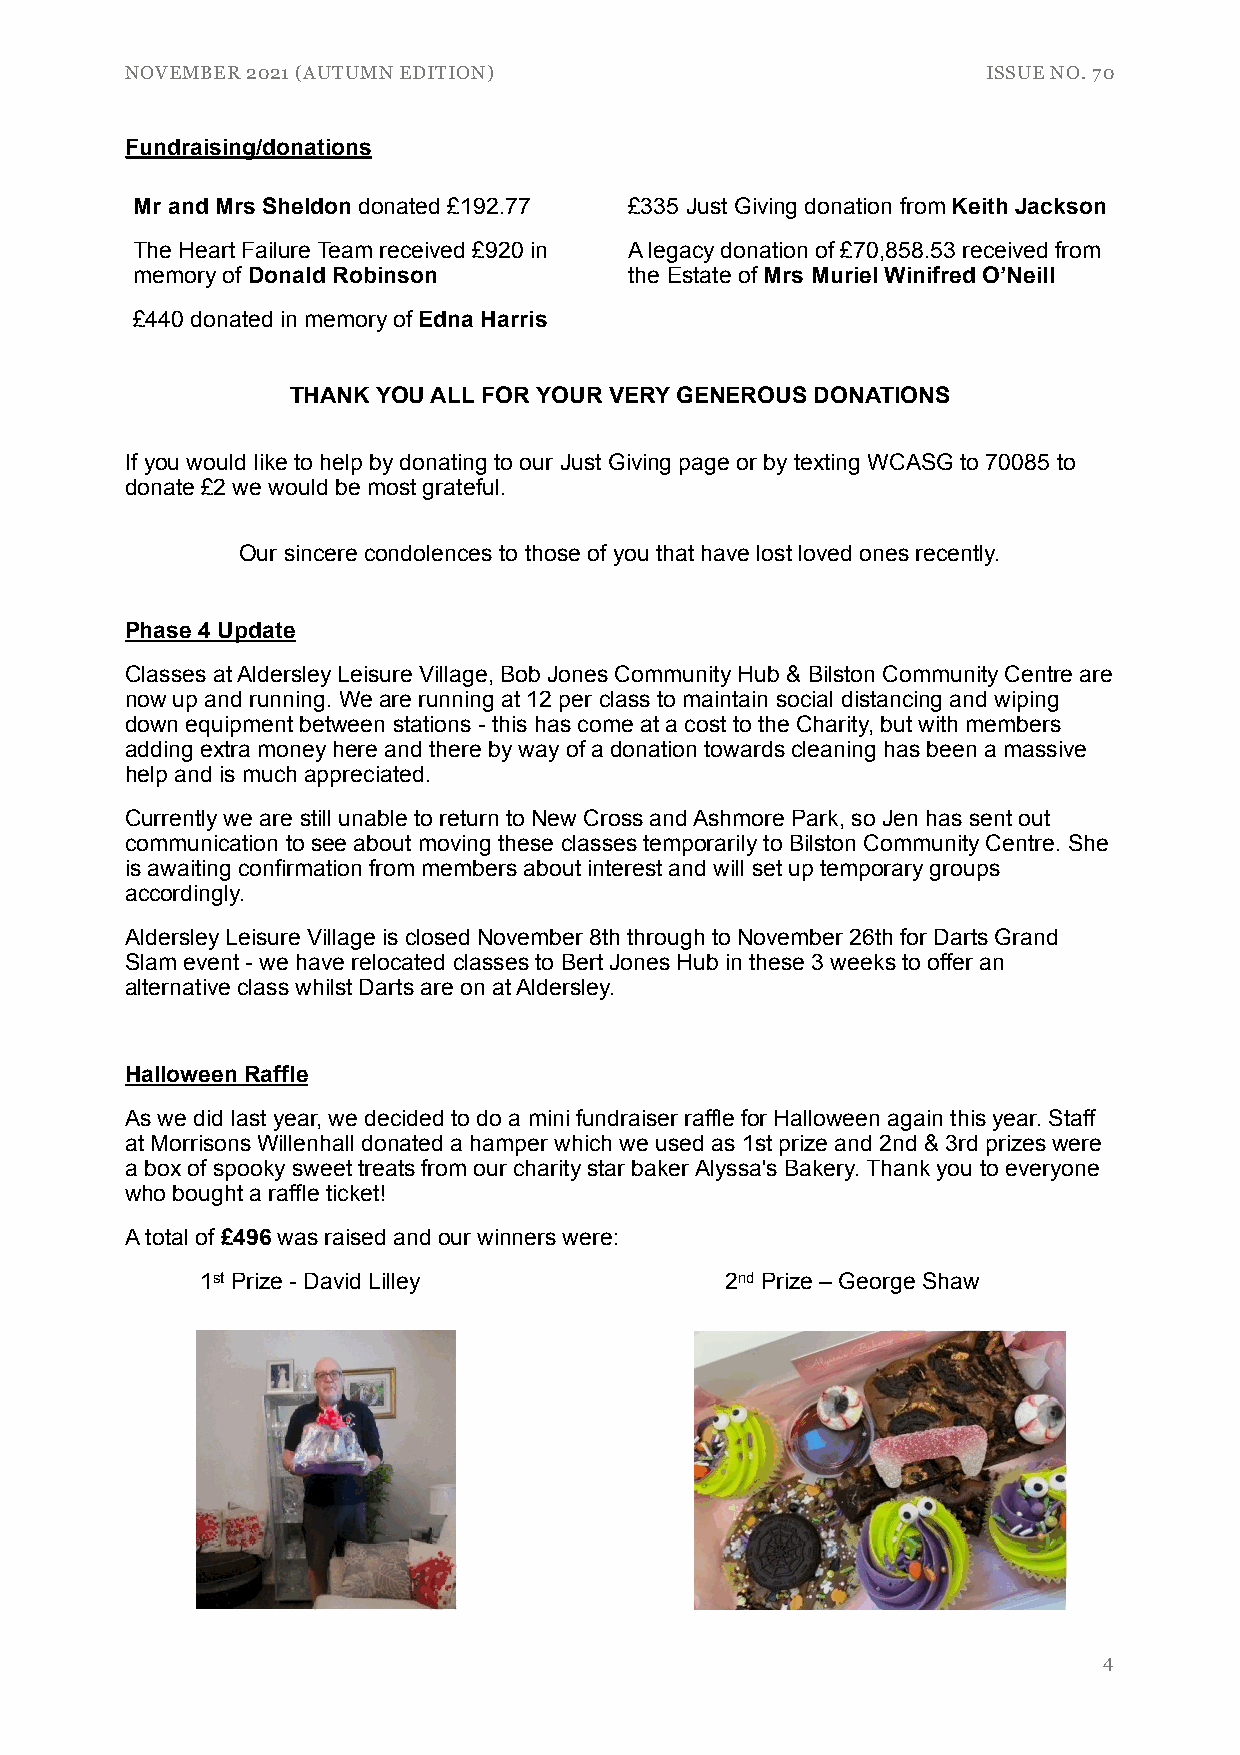
NOVEMBER 2021 (AUTUMN EDITION)                           ISSUE NO. 70
 Fundraising/donations
 Mr and Mrs Sheldon donated £192.77 £335 Just Giving donation from Keith Jackson
 The Heart Failure Team received £920 in A legacy donation of £70,858.53 received from
 memory of Donald Robinson        the Estate of Mrs Muriel Winifred O’Neill
 £440 donated in memory of Edna Harris
 THANK YOU ALL FOR YOUR VERY GENEROUS DONATIONS
 If you would like to help by donating to our Just Giving page or by texting WCASG to 70085 to
 donate £2 we would be most grateful.
 Our sincere condolences to those of you that have lost loved ones recently.
 Phase 4 Update
 Classes at Aldersley Leisure Village, Bob Jones Community Hub & Bilston Community Centre are
 now up and running. We are running at 12 per class to maintain social distancing and wiping
 down equipment between stations - this has come at a cost to the Charity, but with members
 adding extra money here and there by way of a donation towards cleaning has been a massive
 help and is much appreciated.
 Currently we are still unable to return to New Cross and Ashmore Park, so Jen has sent out
 communication to see about moving these classes temporarily to Bilston Community Centre. She
 is awaiting confirmation from members about interest and will set up temporary groups
 accordingly.
 Aldersley Leisure Village is closed November 8th through to November 26th for Darts Grand
 Slam event - we have relocated classes to Bert Jones Hub in these 3 weeks to offer an
 alternative class whilst Darts are on at Aldersley.
 Halloween Raffle
 As we did last year, we decided to do a mini fundraiser raffle for Halloween again this year. Staff
 at Morrisons Willenhall donated a hamper which we used as 1st prize and 2nd & 3rd prizes were
 a box of spooky sweet treats from our charity star baker Alyssa's Bakery. Thank you to everyone
 who bought a raffle ticket!
 A total of £496 was raised and our winners were:
 1st Prize - David Lilley           2nd Prize – George Shaw
 4